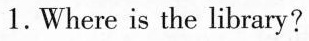
1.Where is the library?